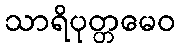
သာရိပုတ္တမေဝ